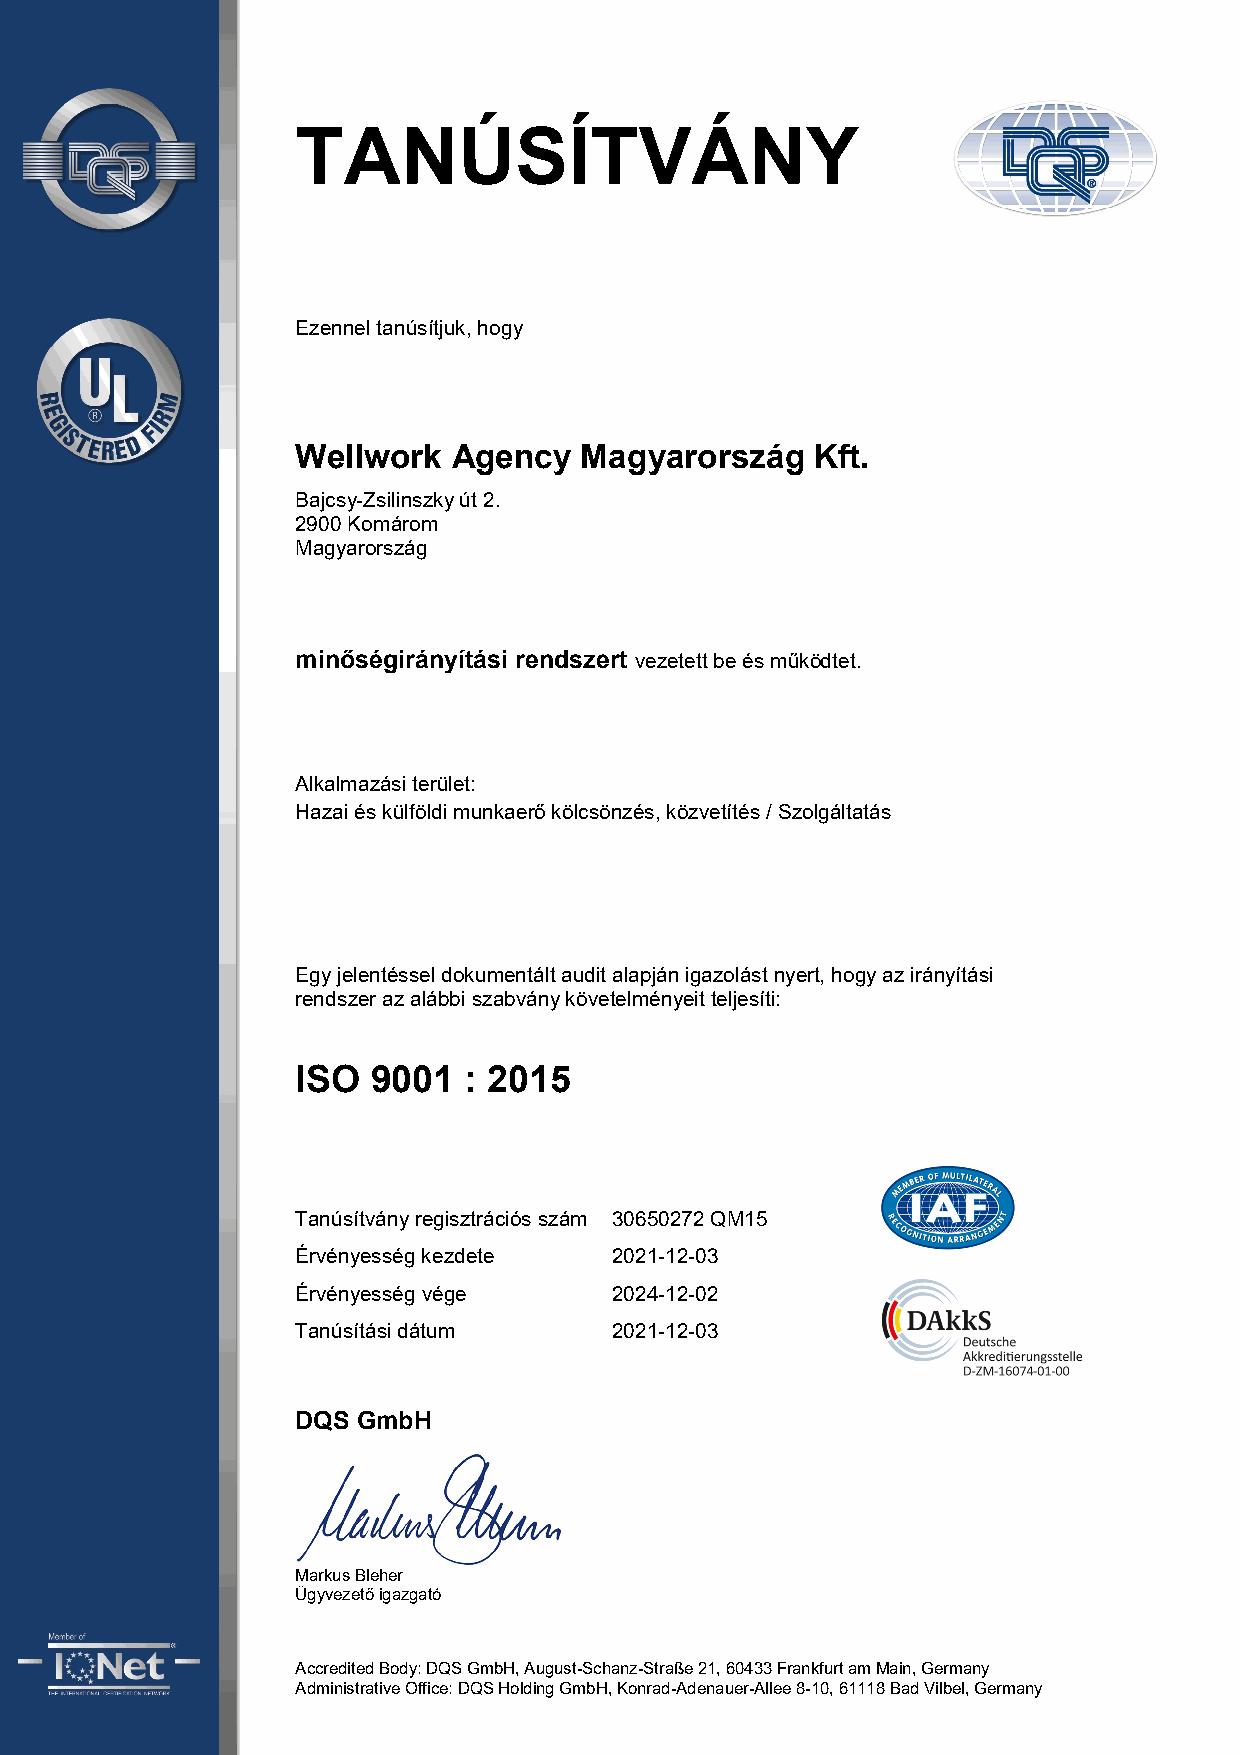
TANÚSÍTVÁNY
 Ezennel tanúsítjuk, hogy
 Wellwork  Agency  Magyarország    Kft.
 Bajcsy-Zsilinszky út 2.
 2900 Komárom
 Magyarország
 minőségirányítási rendszert vezetett be és működtet.
 Alkalmazási terület:
 Hazai és külföldi munkaerő kölcsönzés, közvetítés / Szolgáltatás
 Egy jelentéssel dokumentált audit alapján igazolást nyert, hogy az irányítási
 rendszer az alábbi szabvány követelményeit teljesíti:
 ISO  9001  : 2015
 Tanúsítvány regisztrációs szám 30650272 QM15
 Érvényesség kezdete  2021-12-03
 Érvényesség vége     2024-12-02
 Tanúsítási dátum     2021-12-03
 DQS GmbH
 Markus Bleher
 Ügyvezető igazgató
 Accredited Body: DQS GmbH, August-Schanz-Straße 21, 60433 Frankfurt am Main, Germany
 Administrative Office: DQS Holding GmbH, Konrad-Adenauer-Allee 8-10, 61118 Bad Vilbel, Germany